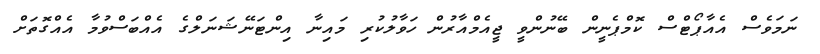
ނަމަވެސް އެއާޕޯޓްސް ކޮމްޕެނީން ބޭނުންވީ ޖީއެމްއާރުން ހަވާލުކުރި މައިނާ އިންޓަނޭޝަނަލްގެ އެއްބަސްވުމާ އެއްގޮތަށް